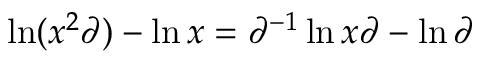
\ln ( x ^ { 2 } \partial ) - \ln x = \partial ^ { - 1 } \ln x \partial - \ln \partial